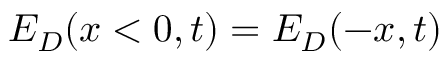
E _ { D } ( x < 0 , t ) = E _ { D } ( - x , t )